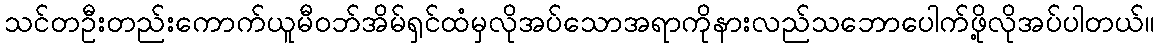
သင်တဦးတည်းကောက်ယူမီဝဘ်အိမ်ရှင်ထံမှလိုအပ်သောအရာကိုနားလည်သဘောပေါက်ဖို့လိုအပ်ပါတယ်။